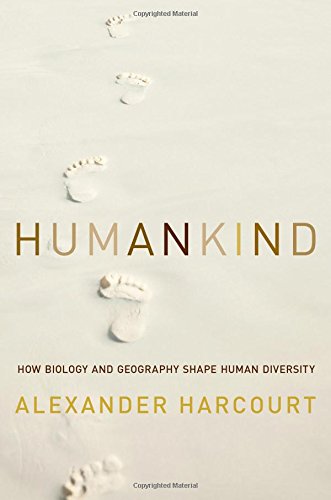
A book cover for Humankind: How Biology and Geography Shape Human Diversity; Alexander H. Harcourt; History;